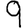
Digit: 9